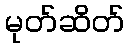
မုတ်ဆိတ်